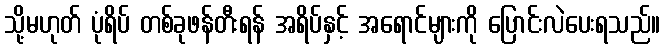
သို့မဟုတ် ပုံရိပ် တစ်ခုဖန်တီးရန် အရိပ်နှင့် အရောင်များကို ပြောင်းလဲပေးရသည်။